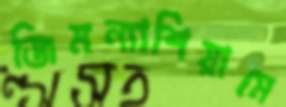
জিমন্যাশিয়ামে